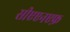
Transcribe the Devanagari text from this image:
सीएएनएफ़